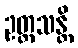
ဥတ္တသန္တိ